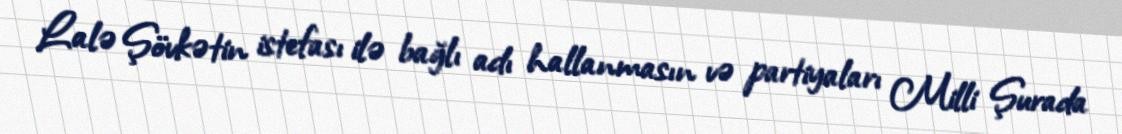
Lalə Şövkətin istefası ilə bağlı adı hallanmasın və partiyaları Milli Şurada